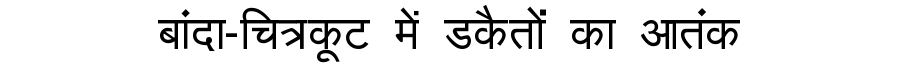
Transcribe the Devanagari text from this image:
बांदा-चित्रकूट में डकैतों का आतंक